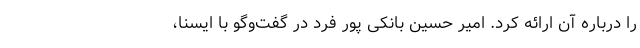
را درباره آن ارائه کرد. امیر حسین بانکی پور فرد در گفت‌وگو با ایسنا،